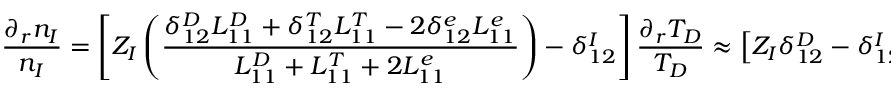
\frac { \partial _ { r } n _ { I } } { n _ { I } } = \left[ Z _ { I } \left( \frac { \delta _ { 1 2 } ^ { D } L _ { 1 1 } ^ { D } + \delta _ { 1 2 } ^ { T } L _ { 1 1 } ^ { T } - 2 \delta _ { 1 2 } ^ { e } L _ { 1 1 } ^ { e } } { L _ { 1 1 } ^ { D } + L _ { 1 1 } ^ { T } + 2 L _ { 1 1 } ^ { e } } \right) - \delta _ { 1 2 } ^ { I } \right] \frac { \partial _ { r } T _ { D } } { T _ { D } } \approx \left[ Z _ { I } \delta _ { 1 2 } ^ { D } - \delta _ { 1 2 } ^ { I } \right] \frac { \partial _ { r } T _ { D } } { T _ { D } } \, ,